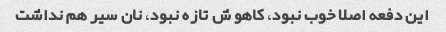
این دفعه اصلا خوب نبود، کاهو ش تازه نبود، نان سیر هم نداشت